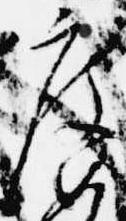
度